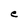
Character: e